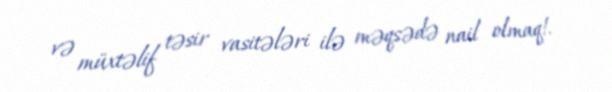
və müxtəlif təsir vasitələri ilə məqsədə nail olmaq!.